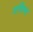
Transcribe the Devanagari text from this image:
वशिष्ट